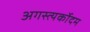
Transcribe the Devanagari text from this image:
अगस्त्यर्कोदम